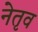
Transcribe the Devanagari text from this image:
नेतृव